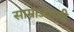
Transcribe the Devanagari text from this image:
साम्राज्याती